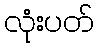
လုံးပတ်